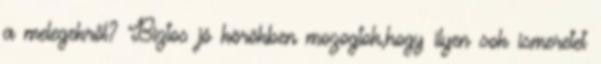
a melegekről? Biztos jó körökben mozogtok,hogy ilyen sok ismeretet